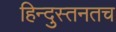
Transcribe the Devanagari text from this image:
हिन्दुस्तनतच